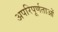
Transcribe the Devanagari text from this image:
अपरिपूर्णताओं